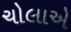
ચોલાએ